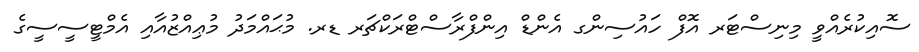
ސޮއިކުރެއްވީ މިނިސްޓަރ އޮފް ހައުސިންގ އެންޑް އިންފްރާސްޓްރަކްޗަރ ޑރ. މުޙައްމަދު މުޢިއްޒުއާއި އެމްޓީސީސީގެ